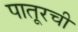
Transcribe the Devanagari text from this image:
पातूरची